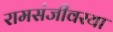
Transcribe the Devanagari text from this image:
रामसंजीवरया